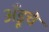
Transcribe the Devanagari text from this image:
अँड्रूचे